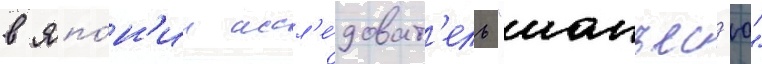
в япо́н'ии иссл'е́доват'ель "манъес'ю"